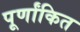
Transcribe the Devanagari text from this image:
पूर्णांकित